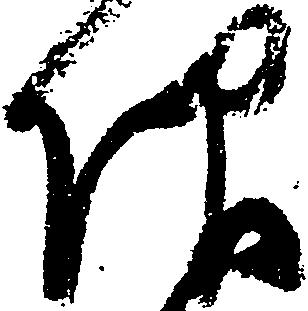
仰